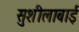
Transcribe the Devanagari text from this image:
सुशीलाबाई